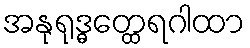
အနုရုဒ္ဓတ္ထေရဂါထာ